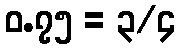
၀.၇၅ = ၃/၄